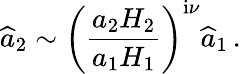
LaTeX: \widehat{a}_{2}\sim\left(\frac{a_{2}H_{2}}{a_{1}H_{1}}\right)^{\mathrm{i}\nu}\widehat{a}_{1}\, .